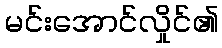
မင်းအောင်လှိုင်၏